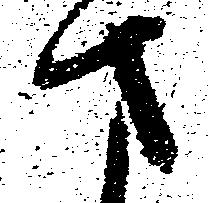
さ